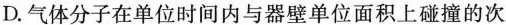
D.气体分子在单位时间内与器壁单位面积上碰撞的次